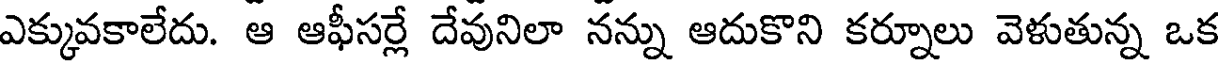
ఎక్కువకాలేదు. ఆ ఆఫీసర్లే దేవునిలా నన్ను ఆదుకొని కర్నూలు వెళుతున్న ఒక